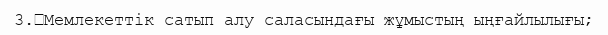
3.	Мемлекеттік сатып алу саласындағы жұмыстың ыңғайлылығы;